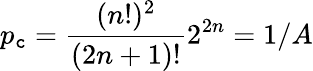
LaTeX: p_{\mathtt{c}}=\frac{{(n!)^{2}}}{{(2n+1)!}}2^{2n}=1/A